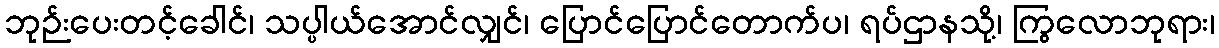
ဘုဉ်းပေးတင့်ခေါင်၊ သပ္ပါယ်အောင်လျှင်၊ ပြောင်ပြောင်တောက်ပ၊ ရပ်ဌာနသို့၊ ကြွလောဘုရား၊